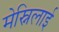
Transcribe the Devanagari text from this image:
मेस्निलाई